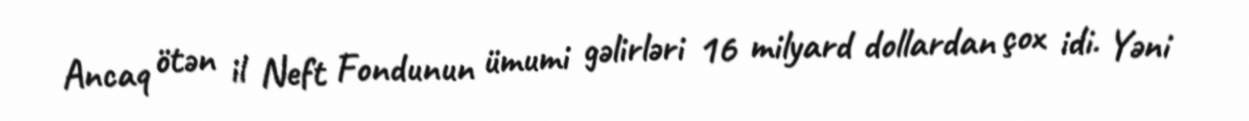
Ancaq ötən il Neft Fondunun ümumi gəlirləri 16 milyard dollardan çox idi. Yəni